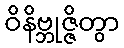
ဝိနိဗ္ဘုဇ္ဇိတွာ